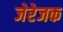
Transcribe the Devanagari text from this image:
जेरेजक